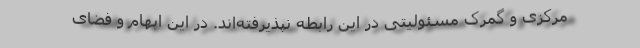
مرکزی و گمرک مسئولیتی در این رابطه نپذیرفته‌اند. در این ابهام و فضای